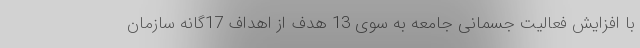
با افزایش فعالیت جسمانی جامعه به سوی 13 هدف از اهداف 17گانه سازمان